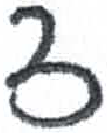
אות: צ